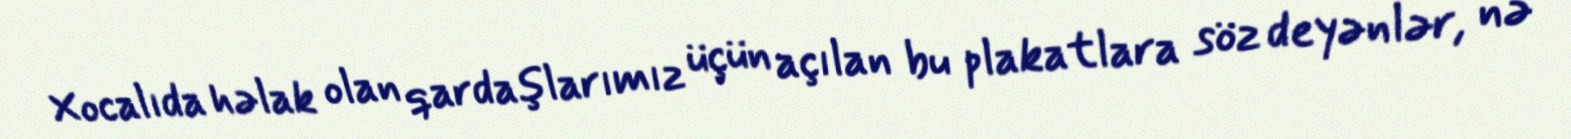
Xocalıda həlak olan qardaşlarımız üçün açılan bu plakatlara söz deyənlər, nə